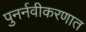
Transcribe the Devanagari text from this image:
पुनर्नवीकरणात